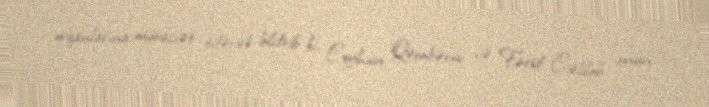
orqanlarına müraciət edərək bildirib ki, Ceyhun Qəmbərov və Fərid Cəlilob onun